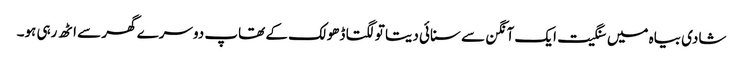
شادی بیاہ میں سنگیت ایک آنگن سے سنائی دیتا تو لگتا ڈھولک کے تھاپ دوسرے گھر سے اٹھ رہی ہو۔